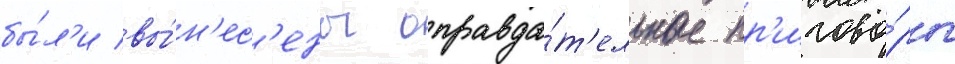
бы́л'и вы́н'ес'ены оправда́т'ельные пр'игово́ры